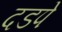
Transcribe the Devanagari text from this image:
दडपे